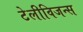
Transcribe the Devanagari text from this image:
टेलीविजन्स